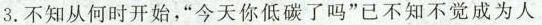
3. 不知从何时开始，”今天你低碳了吗”已不知不觉成为人